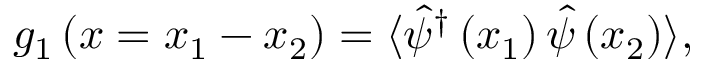
g _ { 1 } \left( x = x _ { 1 } - x _ { 2 } \right) = \langle \hat { \psi } ^ { \dagger } \left( x _ { 1 } \right) \hat { \psi } \left( x _ { 2 } \right) \rangle ,